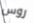
روس